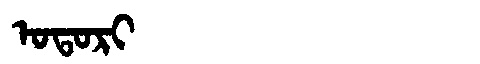
Manchu: ᠣᡨᠣᡵᡳ
Romanization: OTORI